Medical and sanitary report of the native army of Bengal for the year
Year: 1878
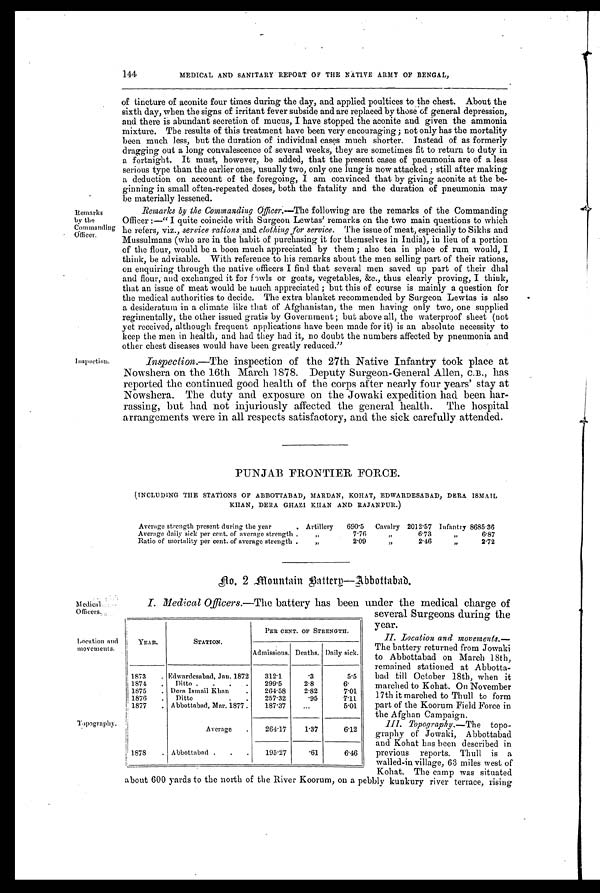
144
MEDICAL AND SANITARY REPORT OF THE NATIVE ARMY OF BENGAL,
Remarks
by the
Commanding
Officer.
I nspection
M edical
Officers.
Location and
movements.
Topography
of tincture of aconite four times during the day, and applied poultices to the chest. About the
sixth day, when the signs of irritant fever subside and are replaced by those of general depression,
and there is abundant secretion of mucus, I have stopped the aconite and given the ammonia
mixture. The results of this treatment have been very encouraging; not only has the mortality
been much less, but the duration of individual cases much shorter. Instead of as formerly
dragging out a long convalescence of several weeks, they are sometimes fit to return to duty in
a fortnight. It must, however, be added, that the present cases of pneumonia are of a less
serious type than the earlier ones, usually two, only one lung is now attacked ; still after making
a deduction on account of the foregoing, I am convinced that by giving aconite at the be-
ginning in small often-repeated doses, both the fatality and the duration of pneumonia may
be material1y lessened.
Remarks by the Commanding Officer .—The following are the remarks of the Commanding
Officer :—" I quite coincide with Surgeon Lewtas' remarks on the two main questions to which
he refers, viz., service rations and clothing for service. The issue of meat, especially to Sikhs and
Mussulmans (who are in the habit of purchasing it for themselves in India), in lieu of a portion
of the flour, would be a boon much appreciated by them ; also tea in place of rum would, I
think, be advisable. With reference to his remarks about the men selling part of their rations,
on enquiring through the native officers I find that several men saved up part of their dhal
and flour, and exchanged it for fowls or goats, vegetables, &c., thus clearly proving, I think,
that an issue of meat would be much appreciated • but this of course is mainly a question for
the medical authorities to decide. The extra blanket recommended by Surgeon Lewtas is also
a desideratum in a climate like that of Afghanistan, the men having only two, one supplied
regimentally, the other issued gratis by Government ; but above all, the waterproof sheet (not
yet received, although frequent applications have been made for it) is an absolute necessity to
keep the men in health, and had they had it, no doubt the numbers affected by pneumonia and
other chest diseases would have been greatly reduced. "
Inspection.—The inspection of the 27th Native Infantry took place at
Nowshera on the 16th March 1878. Deputy Surgeon-General C.B., has
reported the continued good health of the corps after nearly four years' stay at
Nowshera. The duty and exposure on the Jowaki expedition had been har--
rassing, but had not injuriously affected the general health. The hospital
arrangements were in all respects satisfaotory, and the sick carefully attended.
PUNJAB FRONTIER FORCE.
(INCLUDING THE STATIONS OF ABBOTTABAD, MARDAN, KOHAT, ED WARDESABAD, DERA. ISMAIL
KHAN, DERA GHAZI KHAN AND RAJANPUR.)
Average strength present during the year
. Artillery 690.5 Cavalry 2012.57 Infantry 8685.36
Average daily sick per cent. of average strength .
„
7.76
,,
6.73
”
6.87
Ratio of mortality per cent. of average strength .
„
2.0
, , 2.46
”
2.72
NO. 2 ffountain Batterp—Abbottabad.
I. Medical Officers .—The battery has been under the medical charge of
several Surgeons during the
year.
II. Location and movements.—
The battery returned from Jowaki
to Abbottabad on March 18th,
remained stationed at Abbotta-
bad till October 18th, when it
marched to Kohat. On November
17th it marched to Thull to form
part of the Koorum Field Force in
the Afghan Campaign.
III.
Topography.—The topo-
graphy of Jowaki, Abbottabad
and Kohat has been described in
previous reports. Thull is a
walled-in village, 63 miles west of
Kohat. The camp was situated
about 600 yards to the north of the River Koorum, on a pebbly kunkury river terrace. rising
YEAR.
STATION.
PER CENT. OF STRENGTH.
Admissions. Deaths. Daily sick.
1873 . Edwardesabad, Jan. 1872
312.1
.3
5.5
1874
. Ditto . . . .
299.5
2.8
6.
1875 . Dern Ismail Khan
.
264.58
2.82
7.01
1876 . Ditto
. .
257.32
.95
7.11
1877 . Abbottabad, Mar. 1877 .
187.37
...
5.01
Average .
264.17
1.37
6.12
1878 . Abbottabad . . .
195.27
.61
6.46